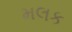
મલક